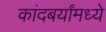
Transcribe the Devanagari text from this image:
कांदबर्यांमध्ये